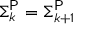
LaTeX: \Sigma _ { k } ^ { \mathsf { P } } = \Sigma _ { k + 1 } ^ { \mathsf { P } }